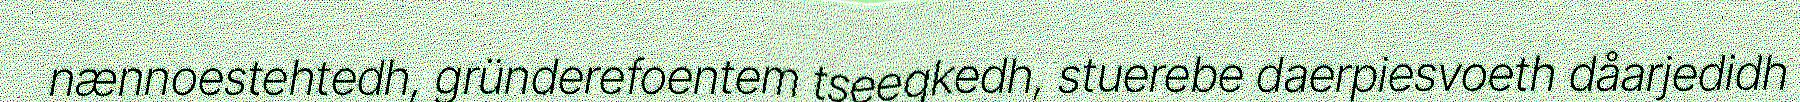
nænnoestehtedh, gründerefoentem tseegkedh, stuerebe daerpiesvoeth dåarjedidh